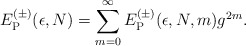
\begin{align*}E_{\rm P}^{(\pm)}(\epsilon,N) = \sum_{m=0}^\infty E_{\rm P}^{(\pm)}(\epsilon,N,m) g^{2m}.\end{align*}